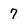
Character: 7